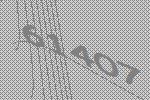
61407